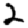
Digit: 2